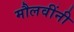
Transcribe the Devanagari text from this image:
मौलवींनी